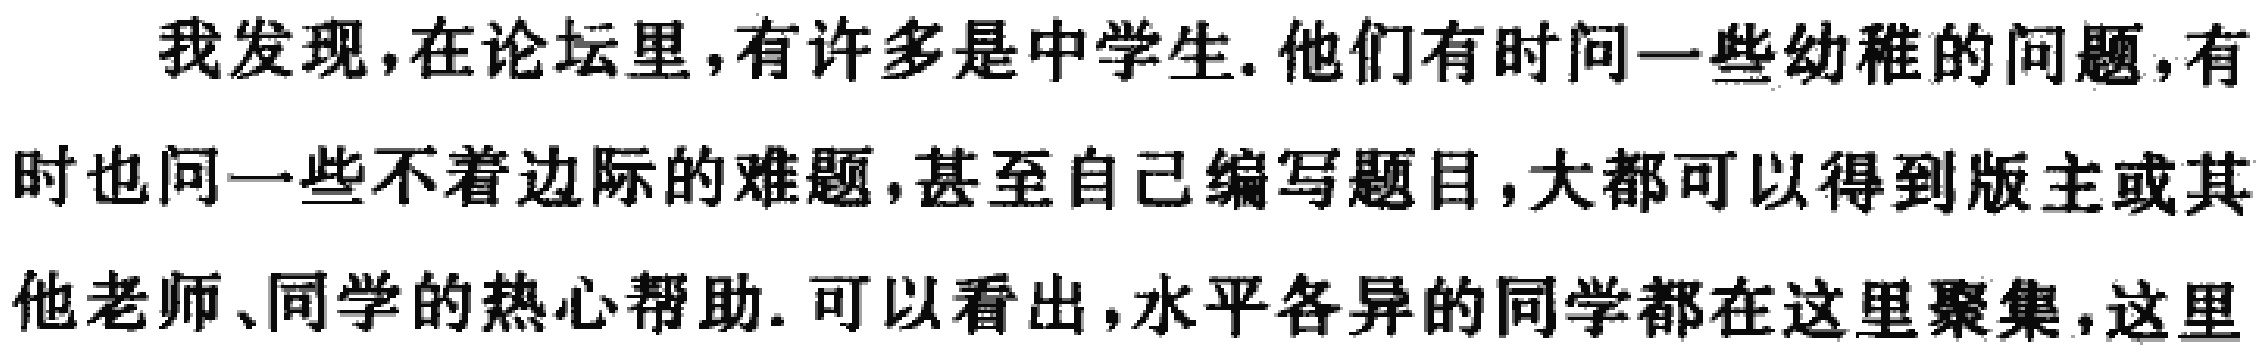
我发现,在论坛里,有许多是中学生.他们有时问一些幼稚的问题,有时也问一些不着边际的难题,甚至自己编写题目,大都可以得到版主或其他老师、同学的热心帮助.可以看出,水平各异的同学都在这里聚集,这里